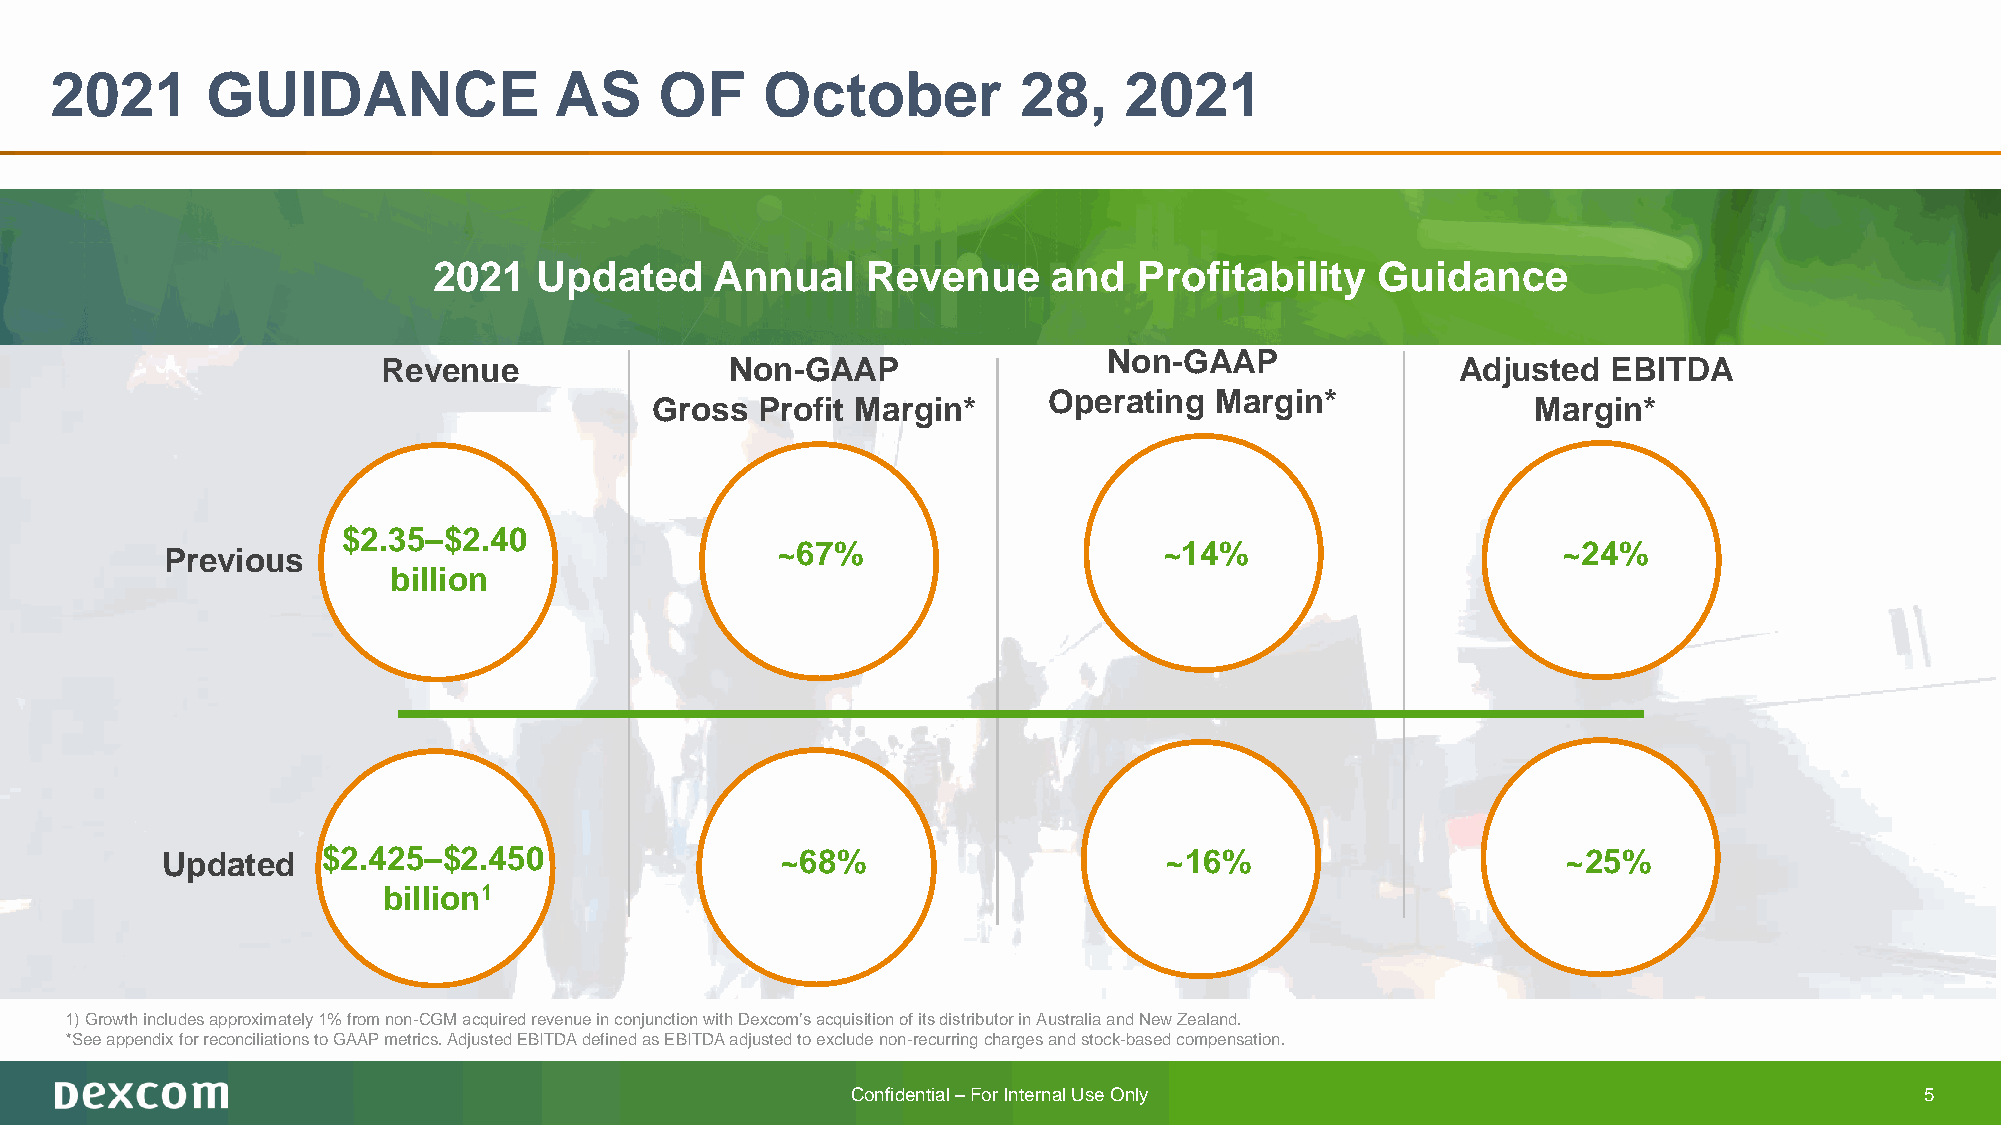
2021       GUIDANCE               AS     OF    October          28,    2021
 2021   Updated    Annual    Revenue      and  Profitability   Guidance
 Non-GAAP
 Revenue                Non-GAAP                                         Adjusted  EBITDA
 Operating  Margin*
 Gross  Profit Margin*                                      Margin*
 $2.35–$2.40
 ~67%                      ~14%                      ~24%
 Previous
 billion
 Updated   $2.425–$2.450                  ~68%                     ~16%                       ~25%
 billion1
 1) Growth includes approximately 1% from non-CGM acquired revenue in conjunction with Dexcom’s acquisition of its distributor inAustralia and New Zealand.
 *See appendix for reconciliations to GAAP metrics. Adjusted EBITDA defined as EBITDA adjusted to exclude non-recurring charges and stock-based compensation.
 Confidential –For Internal Use Only                                    5